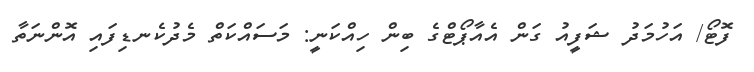
ފޮޓޯ/ އަހުމަދު ޝަފީއު ގަން އެއާޕޯޓްގެ ބިން ހިއްކަނީ: މަސައްކަތް މެދުކެނޑިފައި އޮންނަތާ